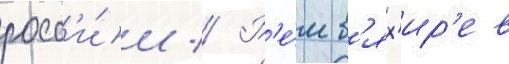
росс'и́и // Р'е́м в'ях'ир'ев